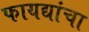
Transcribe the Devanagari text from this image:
फायद्यांचा